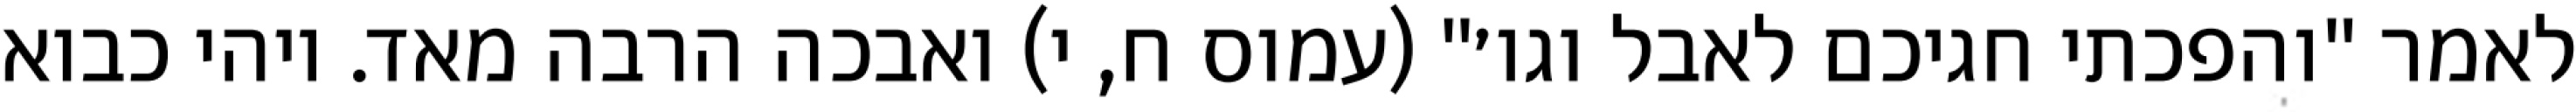
לאמר "והפכתי חגיכם לאבל וגו׳" (עמוס ח, י) ואבכה הרבה מאד. ויהי כבוא